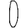
Digit: 0